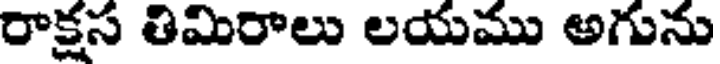
రాక్షస తిమిరాలు లయము అగును